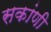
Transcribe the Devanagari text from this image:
सकांणी